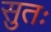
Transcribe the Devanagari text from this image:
सुतः